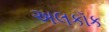
અલકૉક